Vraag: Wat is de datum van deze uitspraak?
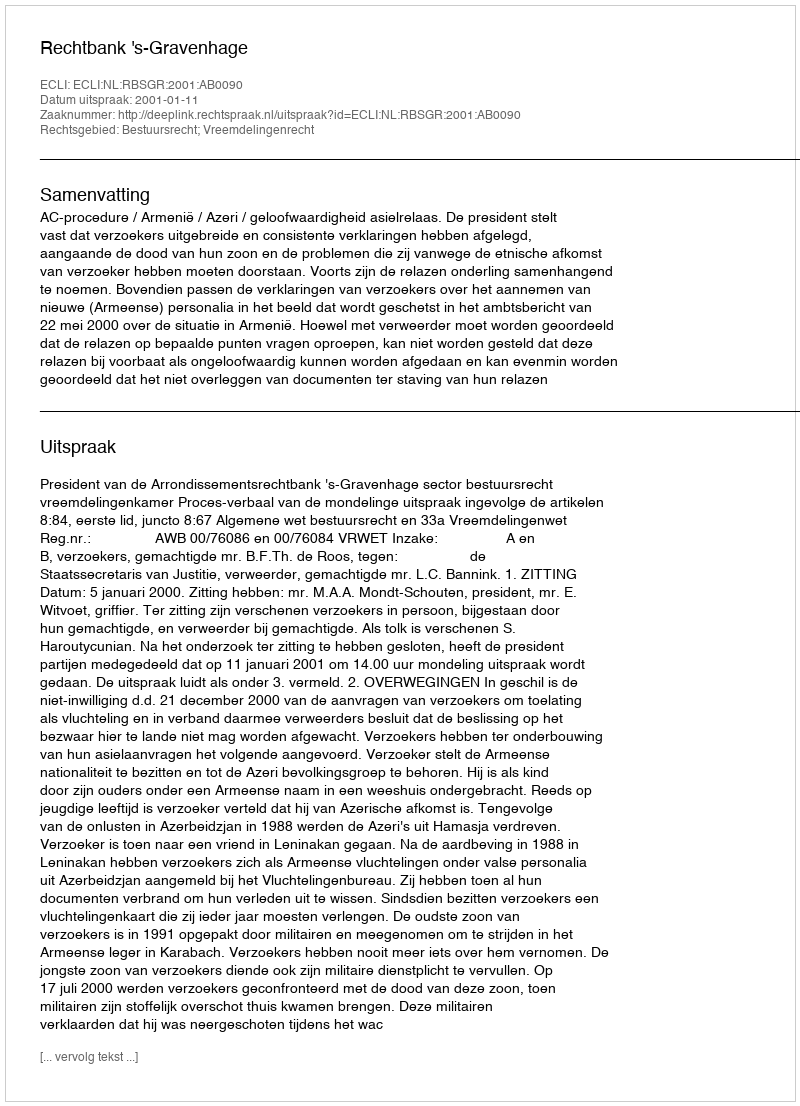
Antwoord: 2001-01-11